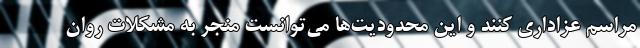
مراسم عزاداری کنند و این محدودیت‌ها می‌توانست منجر به مشکلات روان